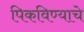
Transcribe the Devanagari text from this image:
पिकविण्याचे